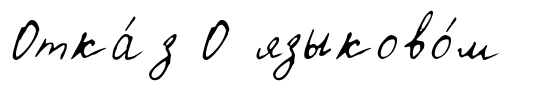
Отка́з О языково́м